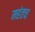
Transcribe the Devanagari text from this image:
महंतच